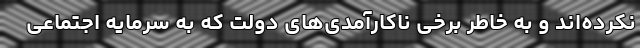
نکرده‌اند و به خاطر برخی ناکارآمدی‌های دولت که به سرمایه اجتماعی